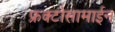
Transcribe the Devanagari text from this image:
फ्रक्टोसामाईन